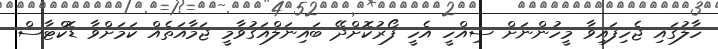
ހާލުގައި ޖެހިފައިވާ މީހުންނަށް ސިއްހީ އެހީ ފޯރުކޮށްދޭ ބައިނަލްއަގުވާމީ ޖަމާއަތެއް ކަމަށްވާ ޑޮކްޓާސް